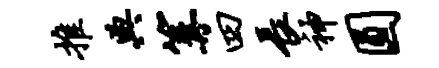
推典篝四长神圆